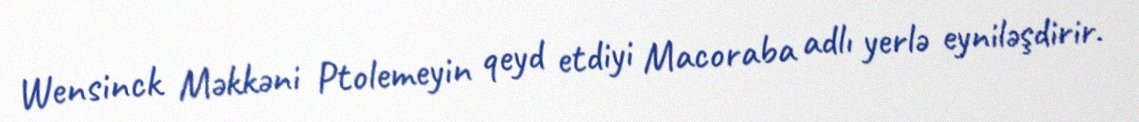
Wensinck Məkkəni Ptolemeyin qeyd etdiyi Macoraba adlı yerlə eyniləşdirir.